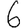
Digit: 6